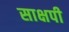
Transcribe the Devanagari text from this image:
साक्षपी